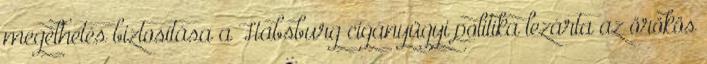
megélhetés biztosítása a Habsburg cigányügyi politika lezárta az örökös